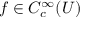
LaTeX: f \in C _ { c } ^ { \infty } ( U )